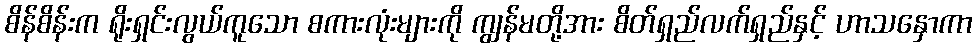
စိန်စိန်းက ရိုးရှင်းလွယ်ကူသော စကားလုံးများကို ကျွန်မတို့အား စိတ်ရှည်လက်ရှည်နှင့် ဟာသနှောကာ